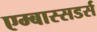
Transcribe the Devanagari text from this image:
एम्बास्सडर्स